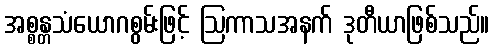
အစ္စန္တသံယောဂစွမ်းဖြင့် ဩကာသအနက် ဒုတီယာဖြစ်သည်။